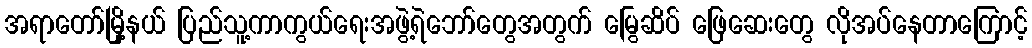
အရာတော်မြို့နယ် ပြည်သူ့ကာကွယ်ရေးအဖွဲ့ရဲဘော်တွေအတွက် မြွေဆိပ် ဖြေဆေးတွေ လိုအပ်နေတာကြောင့်